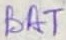
Text: BAT